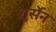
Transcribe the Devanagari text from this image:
शुर्सेन